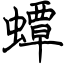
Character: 蟫